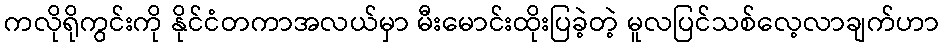
ကလိုရိုကွင်းကို နိုင်ငံတကာအလယ်မှာ မီးမောင်းထိုးပြခဲ့တဲ့ မူလပြင်သစ်လေ့လာချက်ဟာ